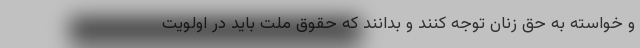
و خواسته به حق زنان توجه کنند و بدانند که حقوق ملت باید در اولویت